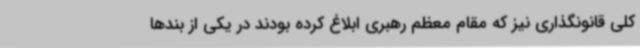
کلی قانونگذاری نیز که مقام معظم رهبری ابلاغ کرده بودند در یکی از بندها